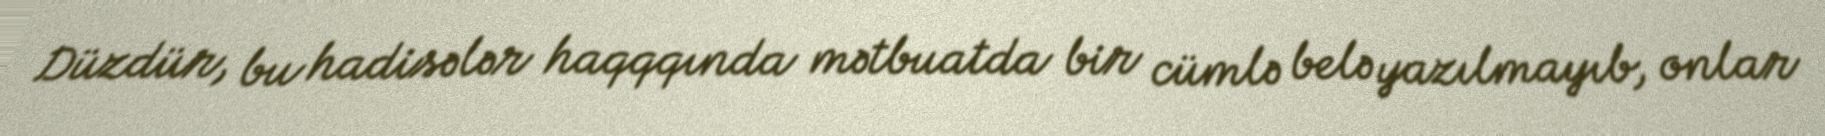
Düzdür, bu hadisələr haqqqında mətbuatda bir cümlə belə yazılmayıb, onlar